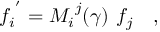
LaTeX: { f _ { i } } ^ { ' } = { M _ { i } } ^ { j } ( \gamma ) ~ f _ { j } \quad ,